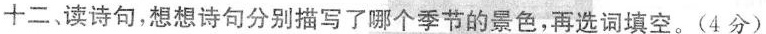
十二、读诗句，想想诗句分别描写了哪个季节的景色，再选词填空。(4分)